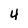
Character: 4